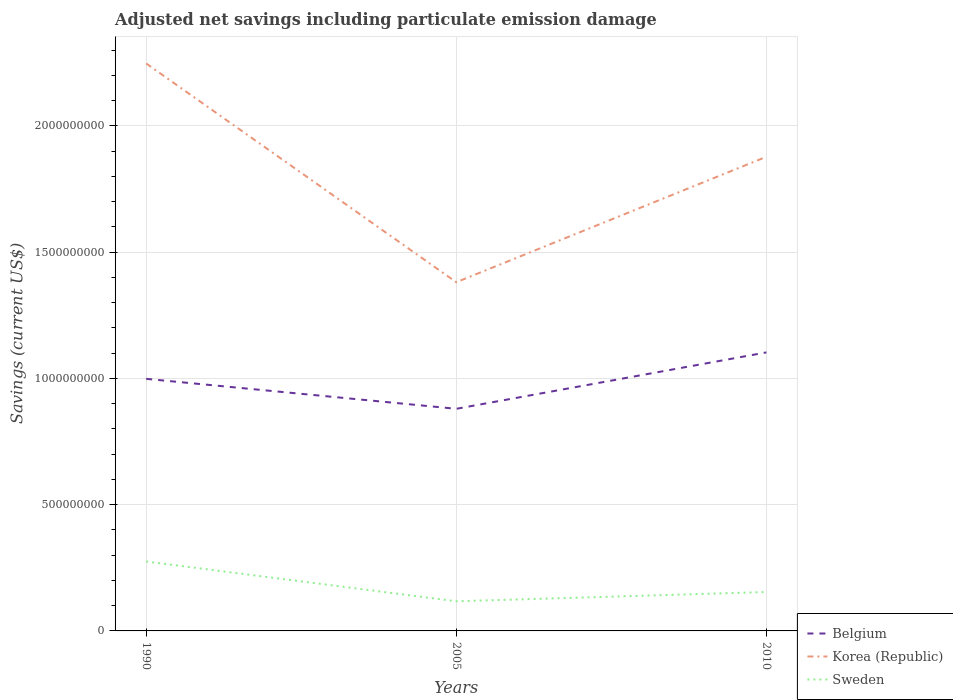
| Years | Belgium | Korea (Republic) | Sweden |
 | --- | --- | --- | --- |
 | 1990 | 9.98e+08 | 2.25e+09 | 2.75e+08 |
 | 2005 | 8.8e+08 | 1.38e+09 | 1.17e+08 |
 | 2010 | 1.1e+09 | 1.88e+09 | 1.54e+08 |